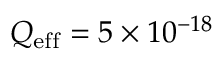
Q _ { \mathrm { e f f } } = 5 \times 1 0 ^ { - 1 8 }